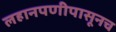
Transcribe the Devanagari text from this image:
लहानपणीपासूनच